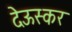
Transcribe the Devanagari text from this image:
देऊस्कर